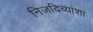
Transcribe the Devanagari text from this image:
निजदिव्यांशा